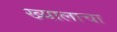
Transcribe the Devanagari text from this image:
ख्यालाचा